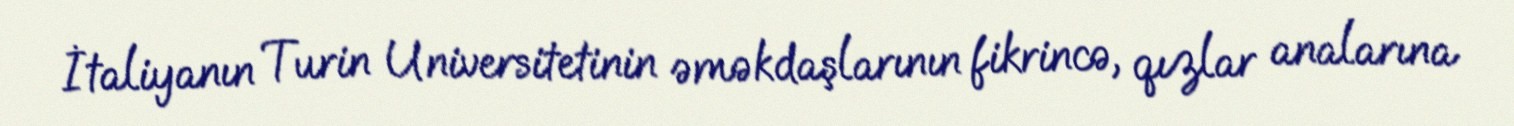
İtaliyanın Turin Universitetinin əməkdaşlarının fikrincə, qızlar analarına